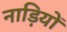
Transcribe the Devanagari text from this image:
नाड़ियों